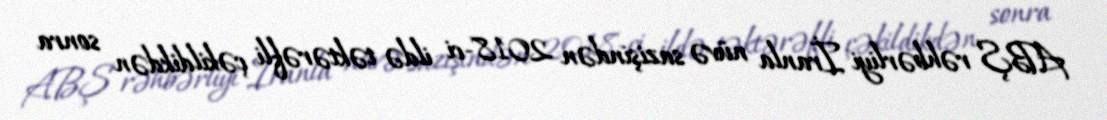
ABŞ rəhbərliyi İranla nüvə sazişindən 2018-ci ildə təktərəfli çəkildikdən sonra